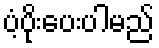
ပံ့ပိုးပေးပါမည်